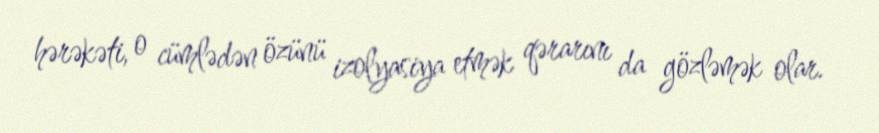
hərəkəti, o cümlədən özünü izolyasiya etmək qərarını da gözləmək olar.